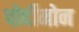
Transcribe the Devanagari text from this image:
पोर्दीनोन